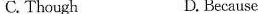
C. Though D.Because